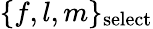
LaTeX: \{ f,l,m\} _{\mathrm{select}}